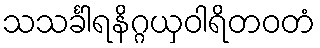
သသင်္ခါရနိဂ္ဂယှဝါရိတဝတံ